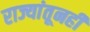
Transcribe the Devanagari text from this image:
राज्यांतूनही